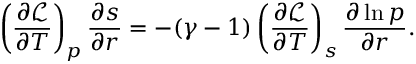
\left( \frac { \partial \mathcal { L } } { \partial T } \right) _ { p } \frac { \partial s } { \partial r } = - ( \gamma - 1 ) \left( \frac { \partial \mathcal { L } } { \partial T } \right) _ { s } \frac { \partial \ln p } { \partial r } .